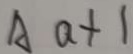
A a + 1